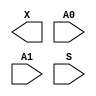
module sky130_fd_sc_ls__udp_mux_2to1 (
    X ,
    A0,
    A1,
    S
);

    output X ;
    input  A0;
    input  A1;
    input  S ;
endmodule